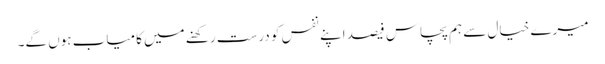
میرے خیال سے ہم پچاس فیصد اپنے نفس کو درست رکھنے میں کامیاب ہوں گے۔